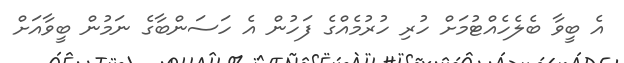
އެ ބީވާ ބެލެހެއްޓުމަށް ހުރި ހުރުމެއްގެ ފަހުން އެ ހަސަންބާގެ ނަމުން ބީވާއަށް